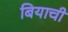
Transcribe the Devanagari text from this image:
बियाची